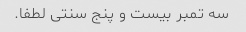
سه تمبر بیست و پنج سنتی لطفا.